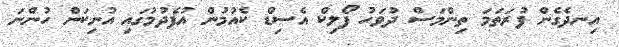
އިނދެގެން ފުރަތަމަ ތިންމަސް ދުވަހު ފޯލިކް އެސިޑް ކެއުމުން އުފެދުމުގައި އުނިކަން ހުންނަ